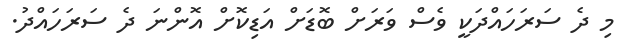
މި ދެ ސަރަހައްދަކީ ވެސް ވަރަށް ބޮޑަށް އަޑިކޮށް އޮންނަ ދެ ސަރަހައްދު.